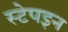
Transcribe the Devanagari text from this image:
स्टेपइन